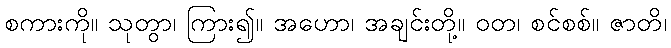
စကားကို။ သုတွာ၊ ကြား၍။ အဟော၊ အချင်းတို့။ ဝတ၊ စင်စစ်။ ဇာတိ၊